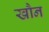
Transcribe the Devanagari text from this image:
खौन